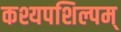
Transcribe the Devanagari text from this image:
कश्यपशिल्पम्